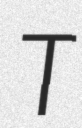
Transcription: T